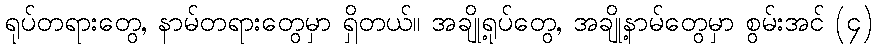
ရုပ်တရားတွေ, နာမ်တရားတွေမှာ ရှိတယ်။ အချို့ရုပ်တွေ, အချို့နာမ်တွေမှာ စွမ်းအင် (၄)